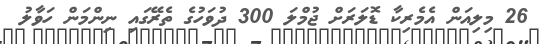
26 މިލިއަން އެމެރިކާ ޑޮލަރަށް ޖުމްލަ 300 ދުވަހުގެ ތެރޭގައި ނިންމަން ހަވާލު